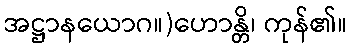
အဋ္ဌာနယောဂ။)ဟောန္တိ၊ ကုန်၏။